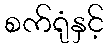
စက်ရုံနှင့်